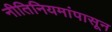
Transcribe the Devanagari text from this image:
नीतिनियमांपासून